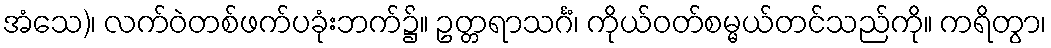
အံသေ)၊ လက်ဝဲတစ်ဖက်ပခုံးဘက်၌။ ဥတ္တရာသင်္ဂံ၊ ကိုယ်ဝတ်စမ္မယ်တင်သည်ကို။ ကရိတွာ၊